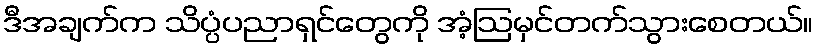
ဒီအချက်က သိပ္ပံပညာရှင်တွေကို အံ့ဩမှင်တက်သွားစေတယ်။